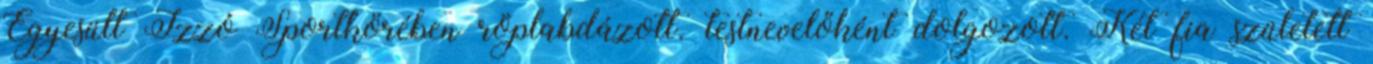
Egyesült Izzó Sportkörében röplabdázott. testnevelőként dolgozott. Két fia született